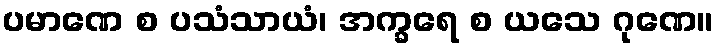
ပမာဏေ စ ပသံသာယံ၊ အက္ခရေ စ ယသေ ဂုဏေ။